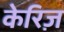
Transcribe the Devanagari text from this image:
केरिज़